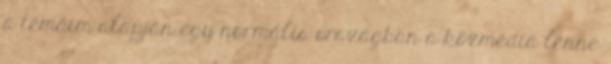
a témáim alapján egy normális országban a közmédia lenne